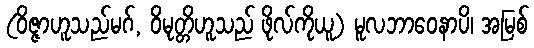
(ဝိဇ္ဇာဟူသည်မဂ်, ဝိမုတ္တိဟူသည် ဖိုလ်ကိုယူ) မူလဘာဝေနာပိ၊ အမြစ်